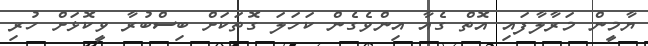
ޔާމީން މަރާލާފައި އޮތް ގެއާ އިންވެގެން ކަހަލަ ގޮތަކަށް ބިސްބުރާ ވީކޮޅަށް ހުރި